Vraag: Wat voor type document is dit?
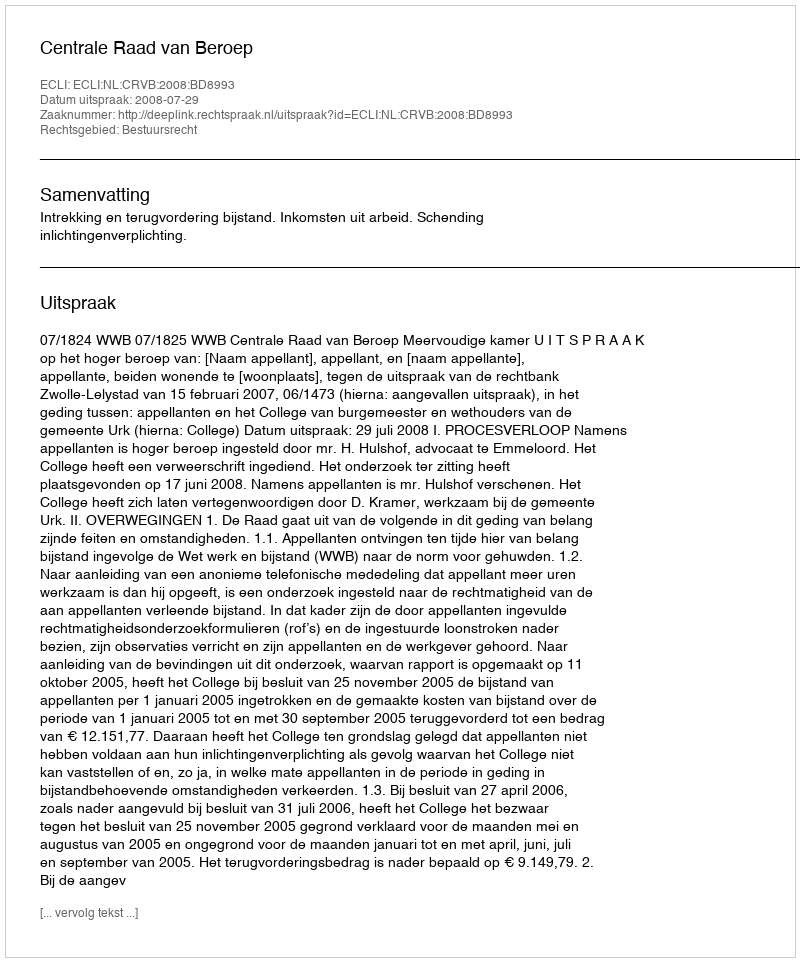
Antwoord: Uitspraak